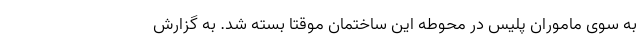
به سوی ماموران پلیس در محوطه این ساختمان موقتا بسته شد. به گزارش